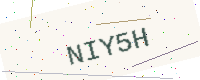
Text: NIY5H